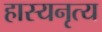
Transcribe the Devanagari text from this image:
हास्यनृत्य